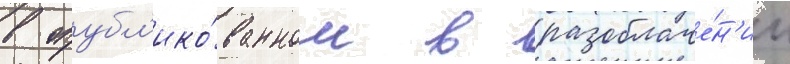
в опубл'ико́ванном в разоблаче́н'ии